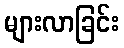
များလာခြင်း